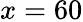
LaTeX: x=60